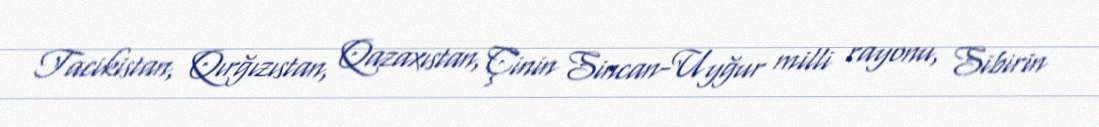
Tacikistan, Qırğızıstan, Qazaxıstan, Çinin Sincan-Uyğur milli rayonu, Sibirin